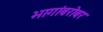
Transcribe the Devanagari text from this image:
भागांबरोबर